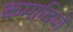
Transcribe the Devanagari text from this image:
कमाविणे